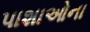
પાશાઓના